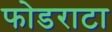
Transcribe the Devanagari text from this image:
फोडराटा